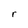
Character: r